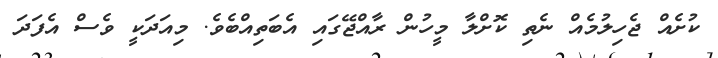
ކުށެއް ޖެހިލުމެއް ނެތި ކޮށްލާ މީހުން ރާއްޖޭގައި އެބަތިއްބެވެ. މިއަދަކީ ވެސް އެފަދަ